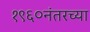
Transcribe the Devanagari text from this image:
१९६०नंतरच्या